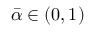
\bar { \alpha } \in ( 0 , 1 )